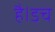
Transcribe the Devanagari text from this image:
है।डच